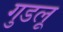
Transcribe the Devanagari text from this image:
गुडलू